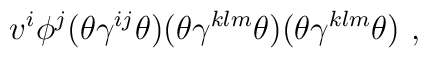
v^i \phi^j (\theta \gamma^{ij} \theta ) (\theta \gamma^{klm} \theta )(\theta \gamma^{klm} \theta )  ~ ,